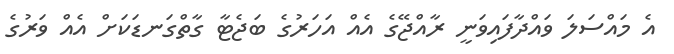
އެ މައްސަލަ ވައްދާފައިވަނީ ރާއްޖޭގެ އެއް އަހަރުގެ ބަޖެޓާ ގާތްގަނޑަކަށް އެއް ވަރުގެ